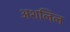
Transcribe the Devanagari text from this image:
अशलिल